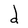
Character: d